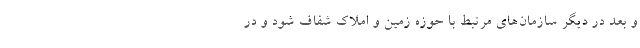
و بعد در دیگر سازمان‌های مرتبط با حوزه زمین و املاک شفاف شود و در